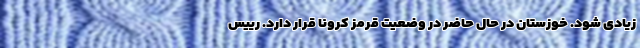
زیادی شود. خوزستان در حال حاضر در وضعیت قرمز کرونا قرار دارد. رییس